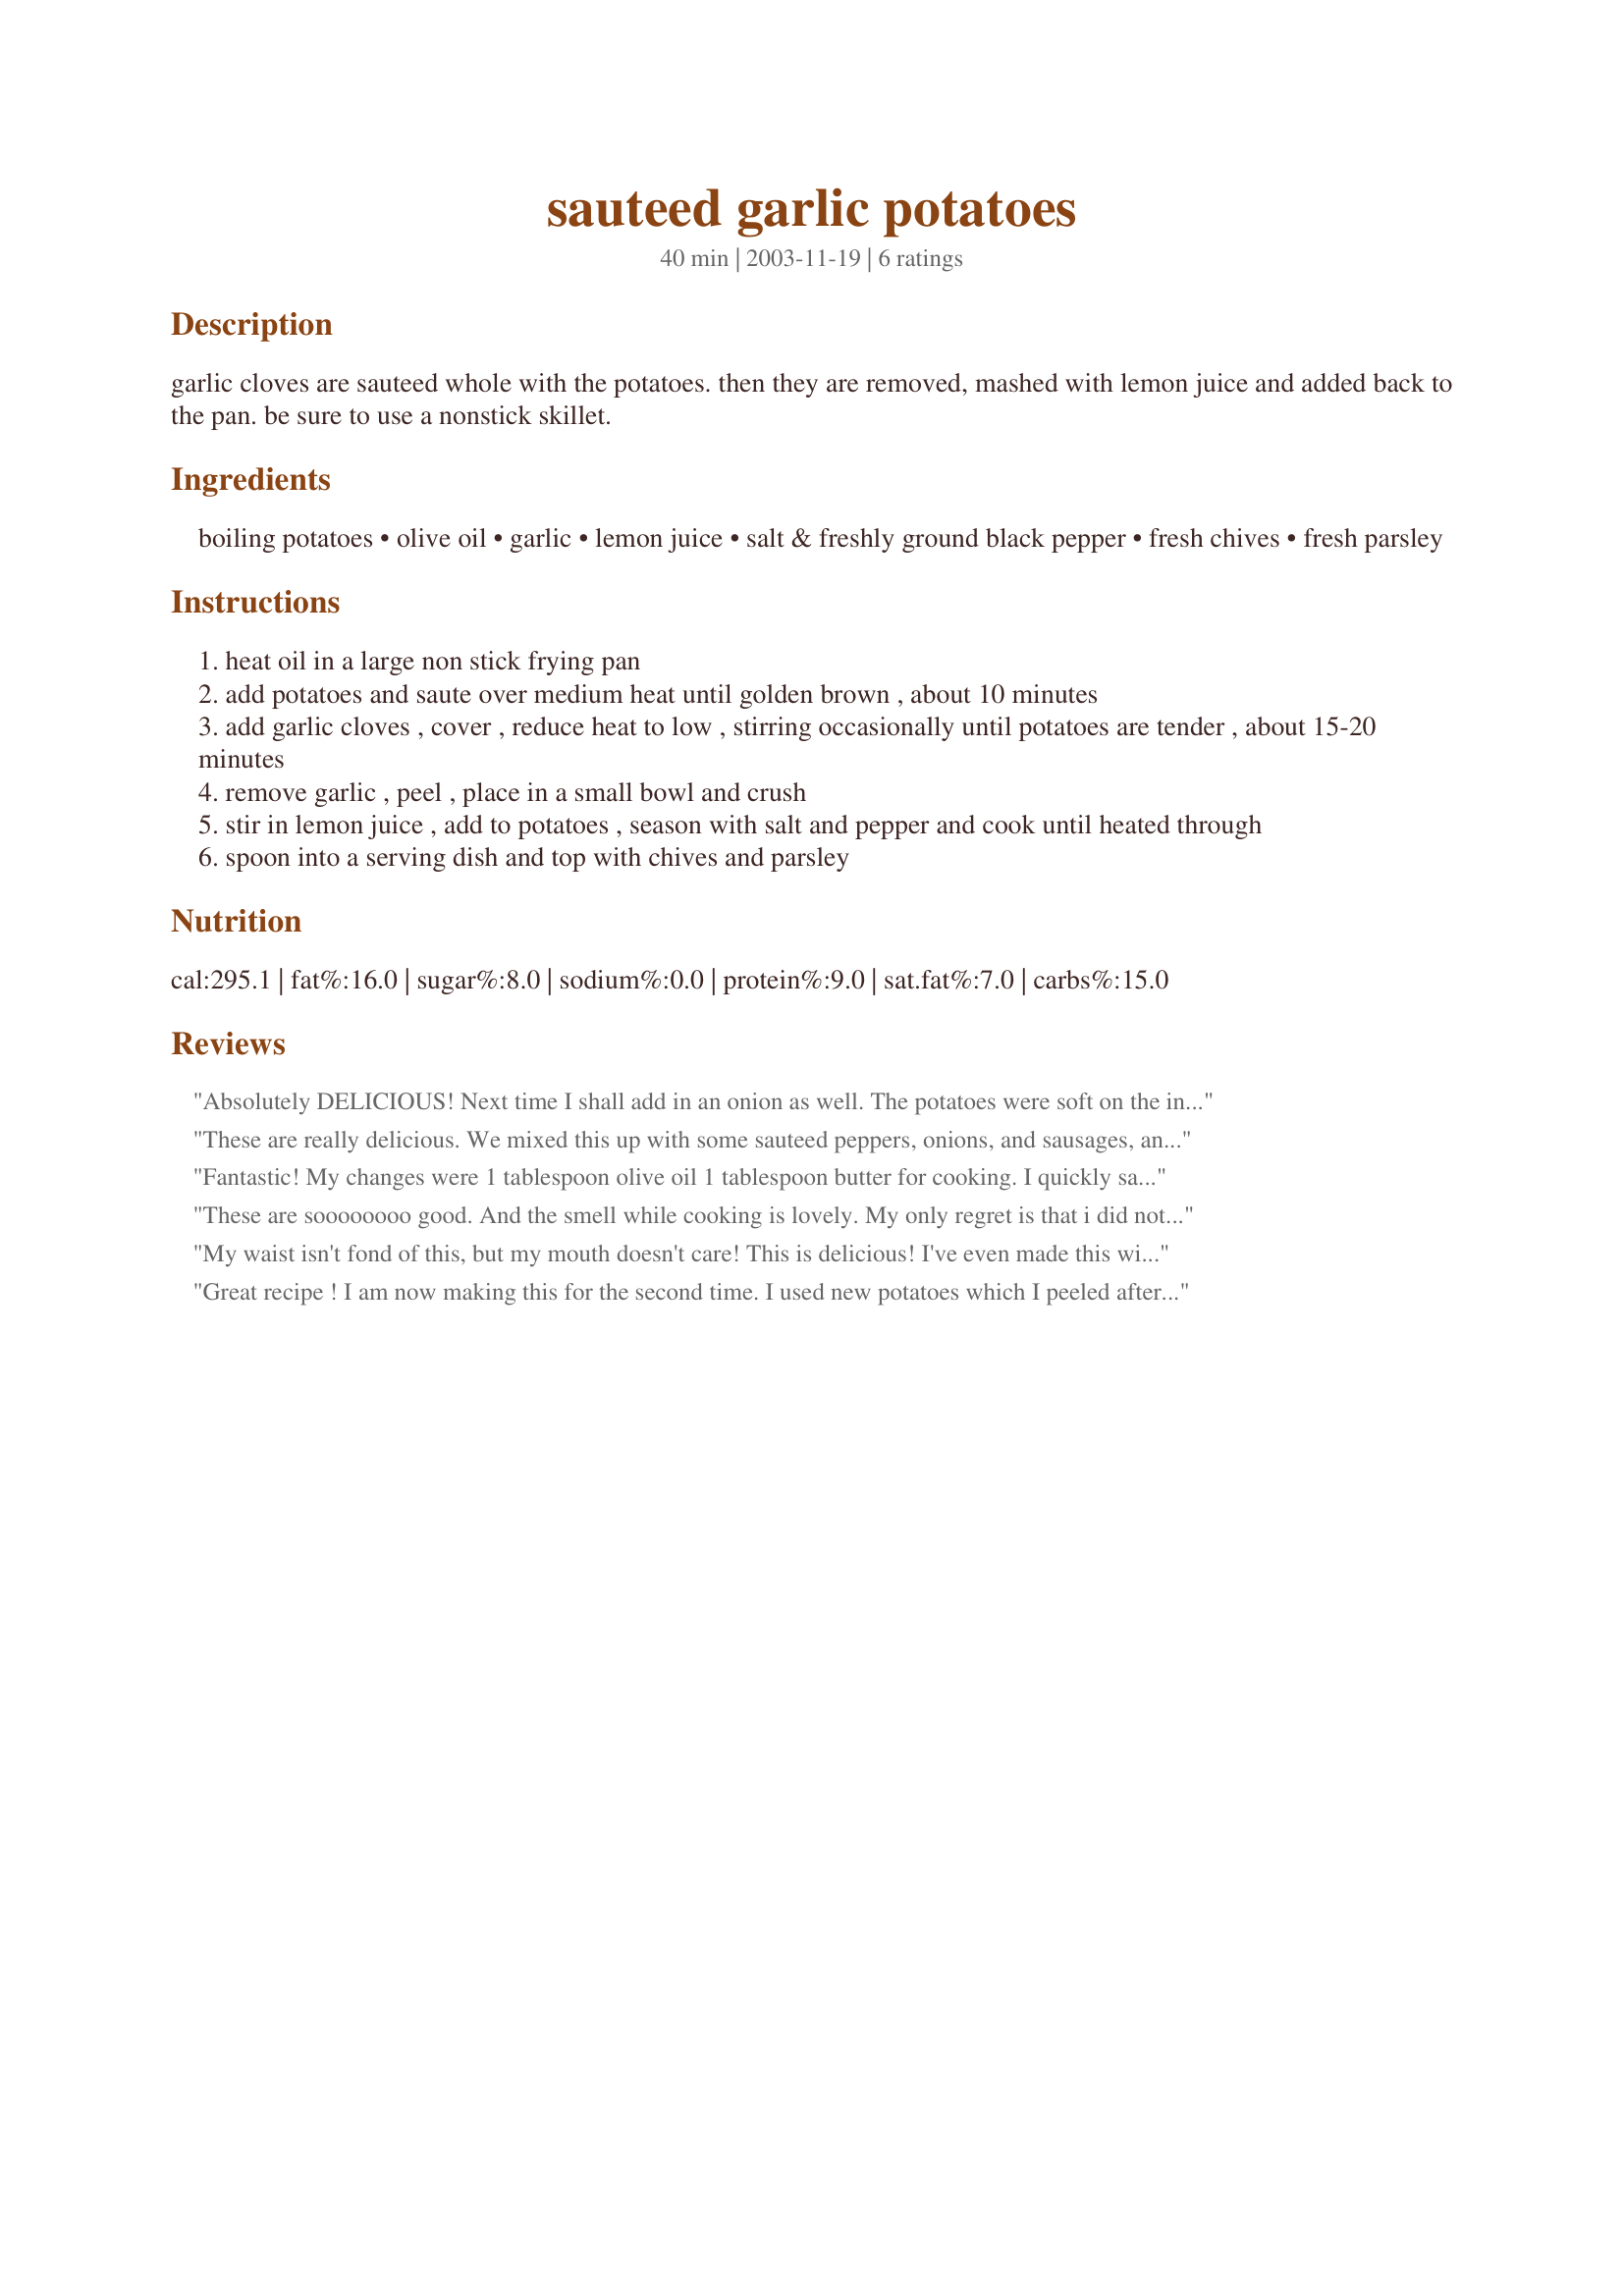
sauteed garlic potatoes
Preparation time: 40 minutes

garlic cloves are sauteed whole with the potatoes. then they are removed, mashed with lemon juice and added back to the pan. be sure to use a nonstick skillet.

Ingredients:
boiling potatoes, olive oil, garlic, lemon juice, salt & freshly ground black pepper, fresh chives, fresh parsley

Steps:
heat oil in a large non stick frying pan
add potatoes and saute over medium heat until golden brown , about 10 minutes
add garlic cloves , cover , reduce heat to low , stirring occasionally until potatoes are tender , about 15-20 minutes
remove garlic , peel , place in a small bowl and crush
stir in lemon juice , add to potatoes , season with salt and pepper and cook until heated through
spoon into a serving dish and top with chives and parsley

Reviews:
Absolutely DELICIOUS! Next time I shall add in an onion as well. The potatoes were soft on the inside and crunchy on the outside. It was raining outside so I couldn't be bothered to get the chives from my herb patch! Thank you, Lorac, for sharing this wonderful recipe, I definitely will be making this again! :)
These are really delicious. We mixed this up with some sauteed peppers, onions, and sausages, and it made a full meal! Definitely a keeper. Thanks.
Fantastic! My changes were 1 tablespoon olive oil 1 tablespoon butter for cooking. I quickly saut?ed the garlic, then add the potatoes and kept frying with medium low heat till the potatoes brown on the sides (make sure to keep watch and turn the potatoes every few minutes so the garlic don't burn!), sprinkle lemon juice all over the potatoes and finally seasoned it with pepper and salt. Awesome! Hubby said this is a definite keeper!
These are soooooooo good. And the smell while cooking is lovely. My only regret is that i did not make enough. Will definitely make it again
My waist isn't fond of this, but my mouth doesn't care! This is delicious! I've even made this with just cottage sliced potatoes, olive oil, and when almost done sprinkle garlic powder over or take out, drain and sprinkle "essence" (thanks to Emeril)over all.
Great recipe ! I am now making this for the second time. I used new potatoes which I peeled after boiling & fresh herbs from the garden. This time I will cut the garlic cloves down by one. To spare the people who have not eaten with us. Thanks Lorac, this is a keeper.
